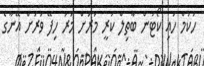
ހުކުމް ހައި ކޯޓުން ބާތިލް ކުރީ މަރަށް މަރު ހިފޭ ވަރަށް އޭނާގެ